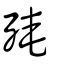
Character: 殗